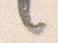
言